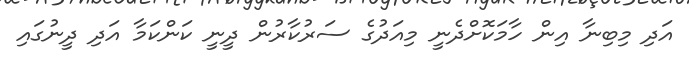
އަދި މިބިނާ އިން ހާމަކޮށްދެނީ މިއަދުގެ ސަރުކާރުން ދީނީ ކަންކަމާ އަދި ދީނުގައި